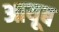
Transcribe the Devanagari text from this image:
आयूब